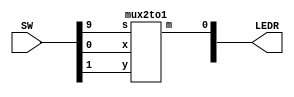
`timescale 1ns / 1ns

module part2(LEDR, SW);
    input [9:0] SW;
    output [9:0] LEDR;
    mux2to1 p1(
	.x(SW[0]),
	.y(SW[1]),
	.s(SW[9]),
	.m(LEDR[0]));
endmodule

module mux2to1 (x, y, s, m);
    input x, y, s;
    output m;
    wire w1, w2, w3;

    v7404 u0 (.pin1(s), .pin2(w1));
    v7408 u1 (.pin1(x), .pin2(w1), .pin3(w2), .pin13(y), .pin12(s), .pin11(w3));
    v7432 u3 (.pin1(w3), .pin2(w2), .pin3(m));
endmodule

module v7404 (pin1, pin3, pin5, pin9, pin11, pin13, pin2, pin4, pin6, pin8,
pin10, pin12);
    input pin1, pin3, pin5, pin13, pin11, pin9;
    output pin2, pin4, pin6, pin12, pin10, pin8;

    assign pin2  = ! pin1;
    assign pin4  = ! pin3;
    assign pin6  = ! pin5;
    assign pin8  = ! pin9;
    assign pin10 = ! pin11;
    assign pin12 = ! pin13;

endmodule  

module v7408 (pin1, pin3, pin5, pin9, pin11, pin13, pin2, pin4, pin6, pin8,
pin10, pin12);
    input pin1, pin2, pin4, pin5, pin9, pin10, pin12, pin13;
    output pin3, pin6, pin8, pin11;

    assign pin3  = (pin1  & pin2);
    assign pin6  = (pin4  & pin5);
    assign pin8  = (pin9  & pin10);
    assign pin11 = (pin12 & pin13);

endmodule  

module v7432 (pin1, pin3, pin5, pin9, pin11, pin13, pin2, pin4, pin6, pin8,
pin10, pin12);
    input pin1, pin2, pin4, pin5, pin9, pin10, pin12, pin13;
    output pin3, pin6, pin8, pin11;

    assign pin3  = (pin1  | pin2);
    assign pin6  = (pin4  | pin5);
    assign pin8  = (pin9  | pin10);
    assign pin11 = (pin12 | pin13);

endmodule